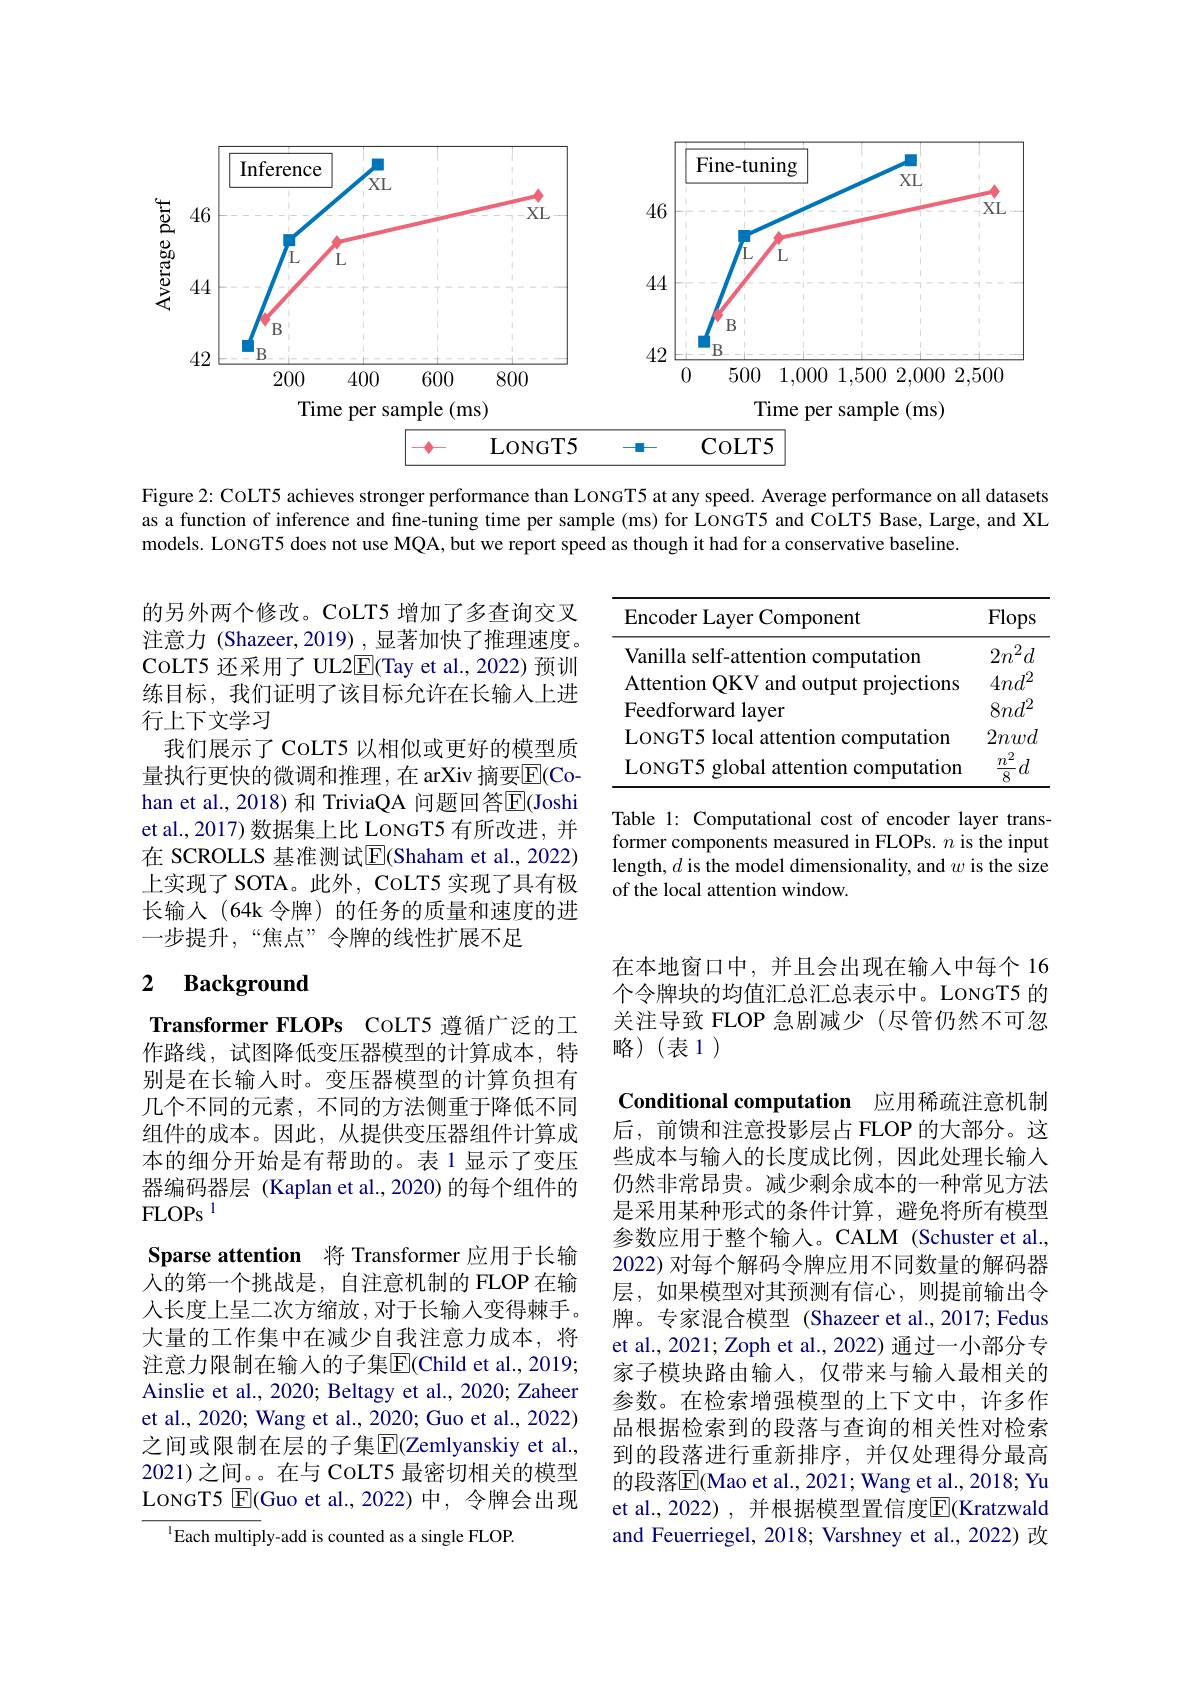
<FigureHere>

Figure 2: CoLT5 achieves stronger performance than LoNGT5 at any speed. Average performance on all datasets as a function of inference and fine-tuning time per sample (ms) for LoNGT5 and CoLT5 Base, Large, and XL models. LONGT5 does not use MQA, but we report speed as though it had for a conservative baseline.

<table>
	<tbody>
		<tr>
			<th>Encoder Layer Component</th>
			<th>Flops</th>
		</tr>
		<tr>
			<td>Vanilla self-attention computation</td>
			<td>$n^{2}$ $2n^{:}$ $d$ 1</td>
		</tr>
		<tr>
			<td>Attention QKV and output projections</td>
			<td>$4nd^{2}$</td>
		</tr>
		<tr>
			<td>Feedforward layer</td>
			<td>$8nd^{2}$</td>
		</tr>
		<tr>
			<td>LONGT5 local attention computation</td>
			<td>$2nwd$</td>
		</tr>
		<tr>
			<td>LONGT5 global attention computation</td>
			<td>2 $m$ $d$ 8</td>
		</tr>
		<tr>
			<td> </td>
			<td>$\boldsymbol{U}$ 8</td>
		</tr>
	</tbody>
</table>

的另外两个修改。CoLT5 增加了多查询交叉注意力 (Shazeer, 2019) ,显著加快了推理速度。CoLT5 还采用了 UL2$\overline{\mathrm{E}}($Tay et al., 2022)预训练目标，我们证明了该目标允许在长输入上进行上下文学习
我们展示了 CoLT5 以相似或更好的模型质量执行更快的微调和推理，在 arXiv 摘要$\overline{\mathrm{E}}($Cohan et al., 2018) 和 TriviaQA 问题回答$\overline{\mathrm{E}}$(Joshi et al., 2017) 数据集上比 LoNGT5 有所改进，并在 SCROLLS 基准测试$\overline{\mathrm{E}}($Shaham et al., 2022) 上实现了 SOTA。此外，CoLT5 实现了具有极长输入(64k 令牌)的任务的质量和速度的进一步提升，“焦点”令牌的线性扩展不足

Table 1: Computational cost of encoder layer transformer components measured in FLOPs. $n$ is the input length, $d$ is the model dimensionality, and $w$ is the size of the local attention window.

## 2 $\textbf{Background}$

在本地窗口中，并且会出现在输入中每个 16个令牌块的均值汇总汇总表示中。LONGT5 的关注导致 FLOP 急剧减少(尽管仍然不可忽略)(表1)

Transformer FLOPs CoLT5 遵循广泛的工作路线，试图降低变压器模型的计算成本，特别是在长输入时。变压器模型的计算负担有几个不同的元素，不同的方法侧重于降低不同组件的成本。因此，从提供变压器组件计算成本的细分开始是有帮助的。表 1 显示了变压器编码器层 (Kaplan et al., 2020) 的每个组件的$FLOPs^{1}$
Sparse attention 将 Transformer 应用于长输人的第一个挑战是，自注意机制的 FLOP 在输人长度上呈二次方缩放，对于长输入变得棘手。大量的工作集中在减少自我注意力成本，将注意力限制在输入的子集$\overline{\mathrm{E}}$(Child et al., 2019; Ainslie et al., 2020; Beltagy et al., 2020; Zaheer et al., 2020; Wang et al., 2020; Guo et al., 2022) 之间或限制在层的子集$\overline{\mathrm{E}}$(Zemlyanskiy et al., 2021)之间。在与 CoLT5 最密切相关的模型LoNGT5 $\boxtimes$E(Guo et al.,2022)中，令牌会出现

Conditional computation 应用稀疏注意机制后，前馈和注意投影层占 FLOP 的大部分。这些成本与输入的长度成比例，因此处理长输入仍然非常昂贵。减少剩余成本的一种常见方法是采用某种形式的条件计算，避免将所有模型参数应用于整个输入。CALM (Schuster et al., 2022) 对每个解码令牌应用不同数量的解码器层，如果模型对其预测有信心，则提前输出令牌。专家混合模型 (Shazeer et al.,2017; Fedus et al., 2021; Zoph et al., 2022) 通过一小部分专家子模块路由输入，仅带来与输入最相关的参数。在检索增强模型的上下文中，许多作品根据检索到的段落与查询的相关性对检索到的段落进行重新排序，并仅处理得分最高的段落$\overline{\mathrm{E}}($Mao et al., 2021; Wang et al., 2018; Yu et al., 2022), 并根据模型置信度$\overline{\mathbb{E}}($Kratzwald and Feuerriegel, 2018; Varshney et al., 2022) 改

$^{1}$Each multiply-add is counted as a single FLOP